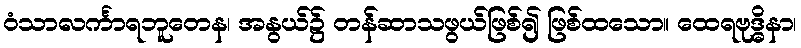
ဝံသာလင်္ကာရဘူတေန၊ အနွယ်၌ တန်ဆာသဖွယ်ဖြစ်၍ ဖြစ်ထသော။ ထေရဗုဒ္ဓိနာ၊